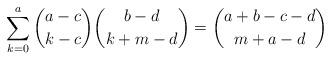
LaTeX: \begin{align*} \sum_{k=0}^a \binom{a-c}{k-c}\binom{b-d}{k+m-d} = \binom{a+b-c-d}{m+a-d}\end{align*}